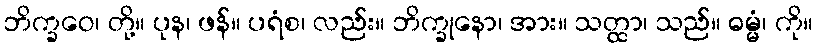
ဘိက္ခဝေ၊ တို့။ ပုန၊ ဖန်။ ပရံစ၊ လည်း။ ဘိက္ခုနော၊ အား။ သတ္ထာ၊ သည်။ ဓမ္မံ၊ ကို။